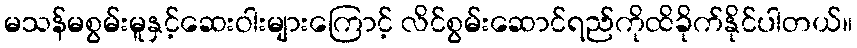
မသန်မစွမ်းမူနှင့်ဆေးဝါးများကြောင့် လိင်စွမ်းဆောင်ရည်ကိုထိခိုက်နိုင်ပါတယ်။